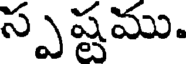
స్పష్టము.